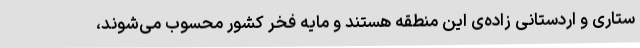
ستاری و اردستانی زاده‌ی این منطقه هستند و مایه فخر کشور محسوب می‌شوند،